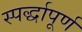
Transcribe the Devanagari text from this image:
स्पर्द्धापूर्ण